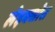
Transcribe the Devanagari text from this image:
लेइक्सोस